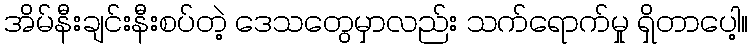
အိမ်နီးချင်းနီးစပ်တဲ့ ဒေသတွေမှာလည်း သက်ရောက်မှု ရှိတာပေါ့။